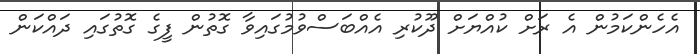
އެހެންކަމުން އެ ރަށް ކުއްޔަށް ދޫކުރި އެއްބަަސްވުމުގައިވާ ގޮތުން ފީގެ ގޮތުގައި ދައްކަން